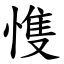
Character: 愯